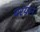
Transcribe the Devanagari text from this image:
बरयान